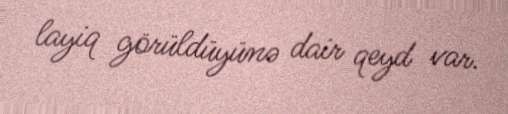
layiq görüldüyünə dair qeyd var.